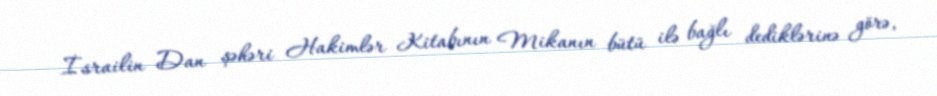
İsrailin Dan şəhəri Hakimlər Kitabının Mikanın bütü ilə bağlı dediklərinə görə,